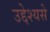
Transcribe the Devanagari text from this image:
उद्देश्यसे